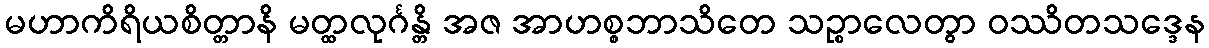
မဟာကိရိယစိတ္တာနိ မတ္ထလုင်္ဂန္တိ အဇ အာဟစ္စဘာသိတေ သဉ္စာလေတွာ ဝဿိတသဒ္ဒေန